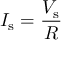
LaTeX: I _ { \mathrm { s } } = { \frac { V _ { \mathrm { s } } } { R } }